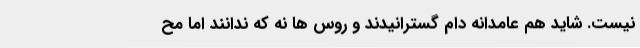
نیست. شاید هم عامدانه دام گسترانیدند و روس ها نه که ندانند اما مح